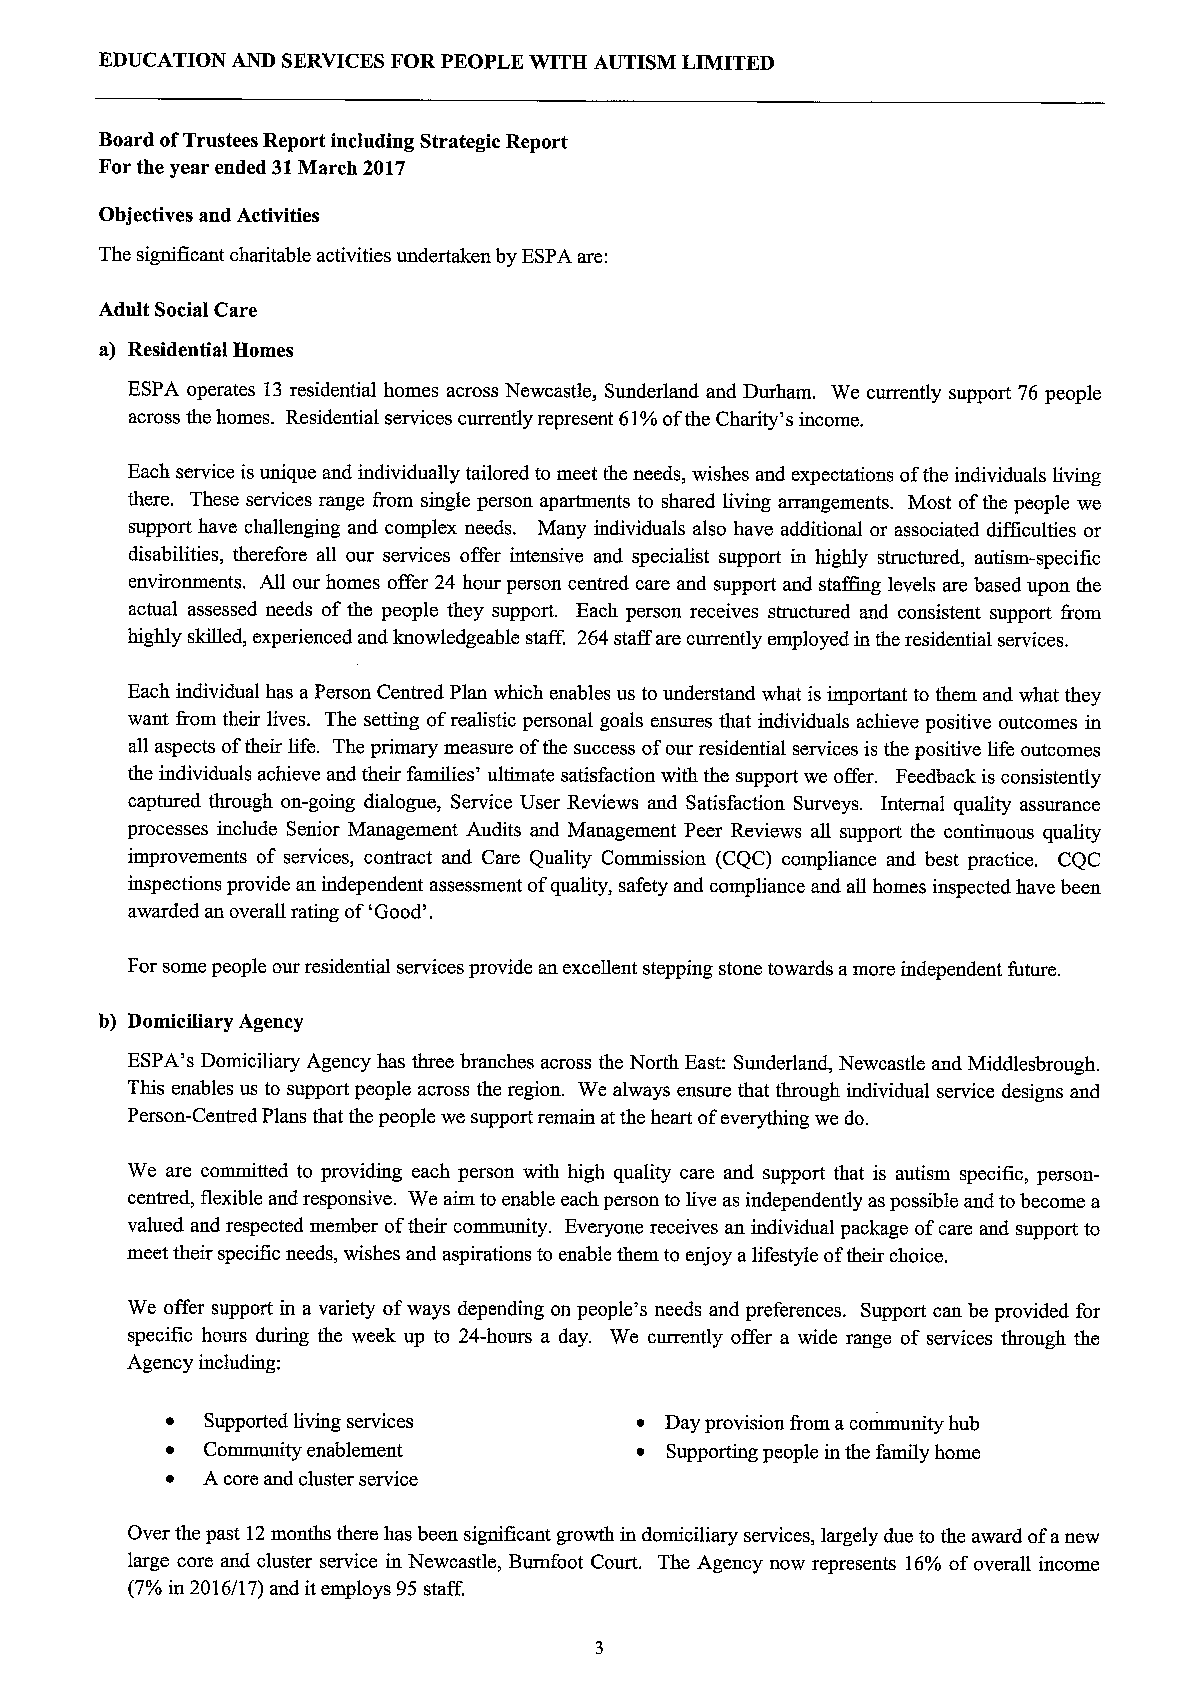
EDUCATION AND SERVICESFOR PEOPLE WITH AUTISM LIMITED
 Board ofTrustees Report including Strategic Report
 For the year ended 31March 2017
 Objectives and Activities
 The significant charitable activities undertaken by ESPAare:
 Adult Social Care
 a) Residential Homes
 ESPA operates 13 residential homes across Newcastle, Sunderland and Durham. We currently support 76 people
 across the homes. Residential services currently represent 61%ofthe Charity's income.
 Each service is unique and individually tailored to meet the needs, wishes and expectations ofthe individuals living
 there. These services range from single person apartments to shared living arrangements. Most ofthe people we
 support have challenging and complex needs. Many individuals also have additional or associated difficulties or
 disabilities, therefore all our services offer intensive and specialist support in highly structured, autism-specific
 environments. All our homes offer 24 hour person centred care and support and staffing levels are based upon the
 actual assessed needs of the people they support. Each person receives structured and consistent support &om
 highly skilled, experienced and knowledgeable staff. 264 staff are currently employed in the residential services.
 Each individual has aPerson Centred Plan which enables us to understand what is important to them and what they
 want &om their lives. The setting ofrealistic personal goals ensures that individuals achieve positive outcomes in
 all aspects oftheir life. The primary measure ofthe success ofour residential services is the positive life outcomes
 the individuals achieve and their families' ultimate satisfaction with the support we offer. Feedback is consistently
 captured through on-going dialogue, Service User Reviews and Satisfaction Surveys. Internal quality assurance
 processes include Senior Management Audits and Management Peer Reviews all support the continuous quality
 improvements of services, contract and Care Quality Commission (CQC) compliance and best practice. CQC
 inspections provide an independent assessment ofquality, safety and compliance and all homes inspected have been
 awarded an overall rating of'Good'.
 For some people our residential services provide an excellent stepping stone towards amore independent future.
 b) Domiciliary Agency
 ESPA's Domiciliary Agency has three branches across the North East: Sunderland, Newcastle and Middlesbrough.
 This enables us to support people across the region. We always ensure that through individual service designs and
 Person-Centred Plans that the people we support remain at the heart ofeverything we do.
 We are committed to providing each person with high quality care and support that is autism specific, person-
 centred, flexible and responsive. We aim to enable each person to live as independently aspossible and tobecome a
 valued and respected member oftheir community. Everyone receives an individual package ofcare and support to
 meet their specific needs, wishes and aspirations to enable them to enjoy alifestyle oftheir choice.
 We offer support in a variety ofways depending on people's needs and preferences. Support can be provided for
 specific hours during the week up to 24-hours a day. We currently offer a wide range of services through the
 Agency including:
 ~  Supported living services   ~ Day provision &om acommunity hub
 ~ Community enablement         ~ Supporting people in the family home
 ~ A core and cluster service
 Over the past 12months there has been significant growth in domiciliary services, largely due to the award ofanew
 large core and cluster service in Newcastle, Burnfoot Court. The Agency now represents 16%ofoverall income
 (7%in 2016/17) and itemploys 95staff.